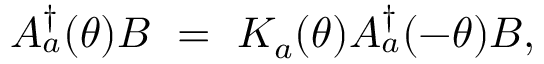
A _ { a } ^ { \dagger } ( \theta ) B ~ = ~ K _ { a } ( \theta ) A _ { a } ^ { \dagger } ( - \theta ) B ,